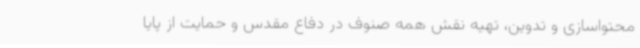
محتواسازی و تدوین، تهیه نقش همه صنوف در دفاع مقدس و حمایت از پایا